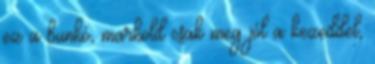
ez a bunkó, markold csak meg jól a kezeddel,